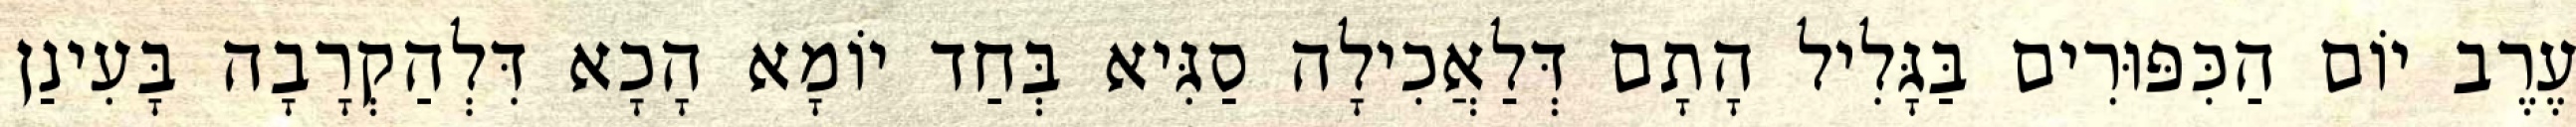
עֶרֶב יוֹם הַכִּפּוּרִים בַּגָּלִיל הָתָם דְּלַאֲכִילָה סַגִּיא בְּחַד יוֹמָא הָכָא דִּלְהַקְרָבָה בָּעִינַן